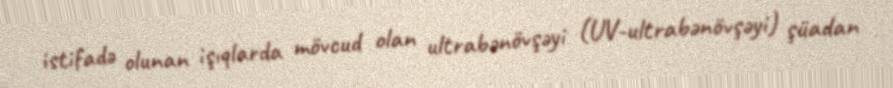
istifadə olunan işıqlarda mövcud olan ultrabənövşəyi (UV-ultrabənövşəyi) şüadan